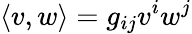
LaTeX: \langle v,w\rangle=g_{ij}v^{i}w^{j}